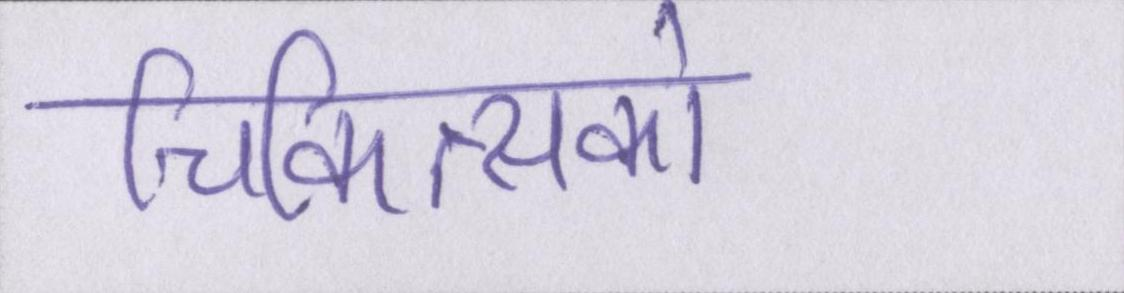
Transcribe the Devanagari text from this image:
चिकित्सकों